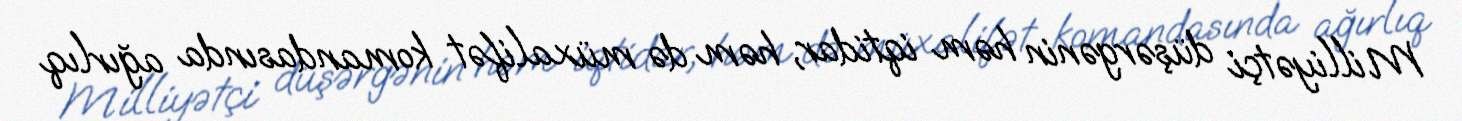
Milliyətçi düşərgənin həm iqtidar, həm də müxalifət komandasında ağırlıq